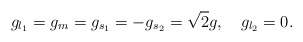
\begin{align*}g_{l_1}=g_{m}=g_{s_1}=-g_{s_2}=\sqrt2g,\quad g_{l_2}=0.\end{align*}